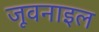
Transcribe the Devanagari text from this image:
जूवनाइल